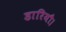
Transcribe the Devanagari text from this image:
डारियौ।